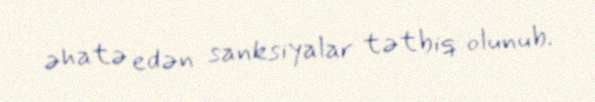
əhatə edən sanksiyalar tətbiq olunub.